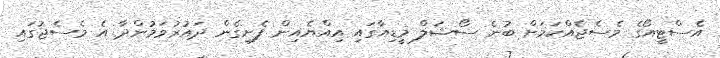
އެސްޓީއޯގެ މެސެޖެއްކަމަށް ބުނެ ސޯޝަލް މީޑިއާގައި އިއްޔެއިން ފެށިގެން ދައުރުވަމުންދާ އެ މެސެޖުގައި